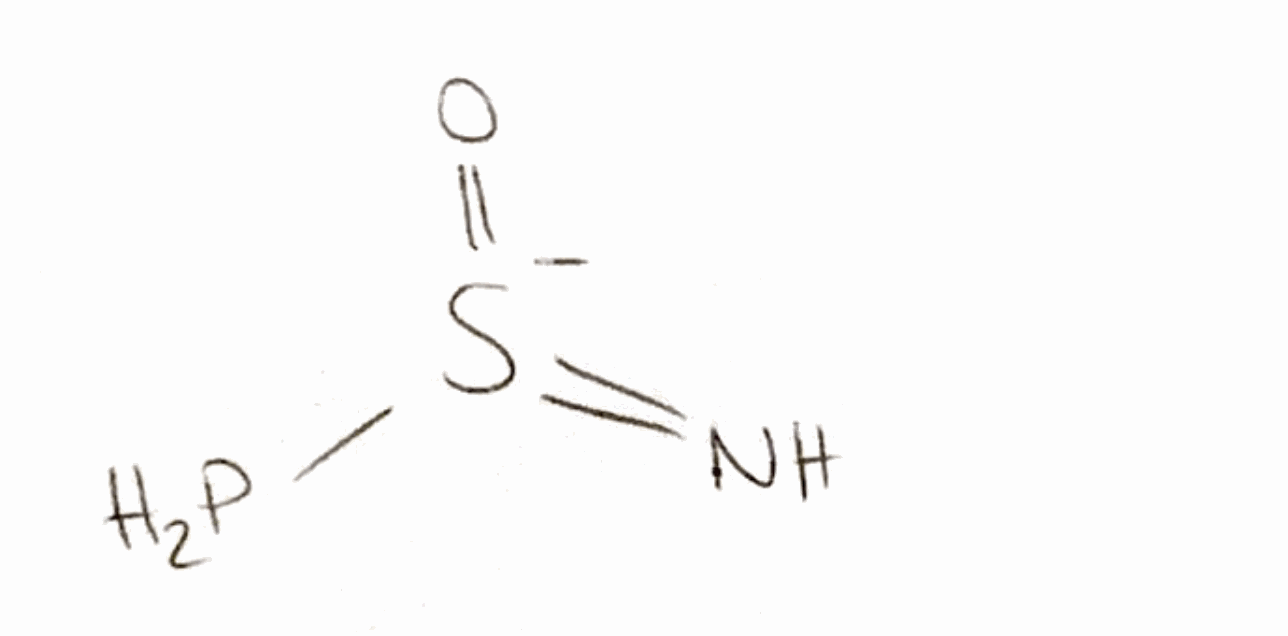
Simplified molecular-input line-entry system (SMILES) notation of the given molecule:
N=[S-](=O)P